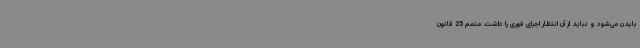
بایدن ‌می‌شود و نباید از آن انتظار اجرای فوری را داشت. متمم 25 قانون